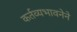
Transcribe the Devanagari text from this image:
कर्तव्यभावनेने